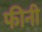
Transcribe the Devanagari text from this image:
फीनी